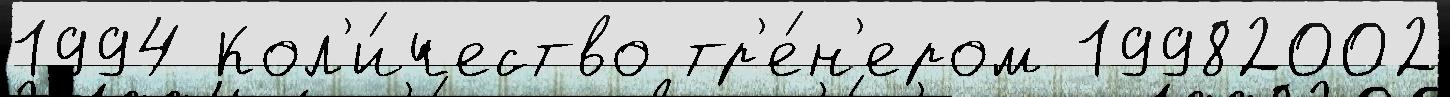
1994 Кол'и́чество тр'е́н'ером 19982002